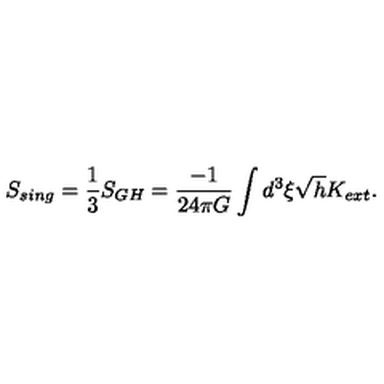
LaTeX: S _ { s i n g } = { \frac { 1 } { 3 } } S _ { G H } = { \frac { - 1 } { 2 4 \pi G } } \int d ^ { 3 } \xi \sqrt { h } K _ { e x t } .